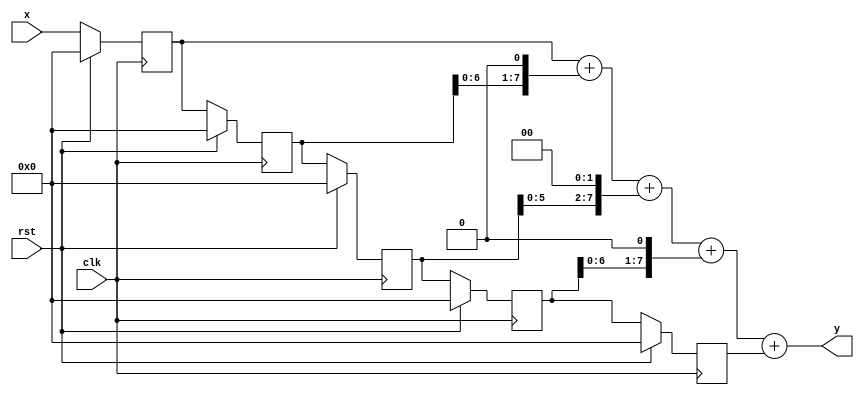
/*
 * MIT License
 * 
 * Copyright (c) 2021 Reza Bahrami
 * 
 * Permission is hereby granted, free of charge, to any person obtaining a copy
 * of this software and associated documentation files (the "Software"), to deal
 * in the Software without restriction, including without limitation the rights
 * to use, copy, modify, merge, publish, distribute, sublicense, and/or sell
 * copies of the Software, and to permit persons to whom the Software is
 * furnished to do so, subject to the following conditions:
 * 
 * The above copyright notice and this permission notice shall be included in all
 * copies or substantial portions of the Software.
 * 
 * THE SOFTWARE IS PROVIDED "AS IS", WITHOUT WARRANTY OF ANY KIND, EXPRESS OR
 * IMPLIED, INCLUDING BUT NOT LIMITED TO THE WARRANTIES OF MERCHANTABILITY,
 * FITNESS FOR A PARTICULAR PURPOSE AND NONINFRINGEMENT. IN NO EVENT SHALL THE
 * AUTHORS OR COPYRIGHT HOLDERS BE LIABLE FOR ANY CLAIM, DAMAGES OR OTHER
 * LIABILITY, WHETHER IN AN ACTION OF CONTRACT, TORT OR OTHERWISE, ARISING FROM,
 * OUT OF OR IN CONNECTION WITH THE SOFTWARE OR THE USE OR OTHER DEALINGS IN THE
 * SOFTWARE.
 */

/* 
 * FIR low pass filter
 */
 
`timescale 1ns/100ps
`default_nettype none
// FIR filter
module FIR_filter(y, x, clk, rst);
	parameter 	signalSize 	= 8;
	output	wire	signed [signalSize - 1:0] 	y;
	input		wire	signed [signalSize - 1:0] 	x;
	input 	wire						clk, rst;
	reg 			[signalSize - 1:0]		R[4:0];
	always @(posedge clk)
		if (rst) begin // Reset Register Map
			R[0] <= 0;
			R[1] <= 0;
			R[2] <= 0;
			R[3] <= 0;
			R[4] <= 0;
		end
		else begin	// Shift Register Map to Right
			R[0] <= R[1];
			R[1] <= R[2];
			R[2] <= R[3];
			R[3] <= R[4];
			R[4] <= x;
		end
	assign y = R[4] + (R[3] << 1) + (R[2] << 2) + (R[1] << 1) + R[0]; // y = R[4] + 2R[3] + 4R[2] + 2R[1] + R[0]
endmodule